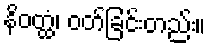
နိဝတ္ထံ၊ ဝတ်ခြင်းတည်း။